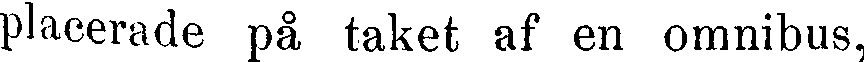
placerade på taket af en omnibus,